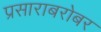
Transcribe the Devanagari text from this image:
प्रसाराबरोबर